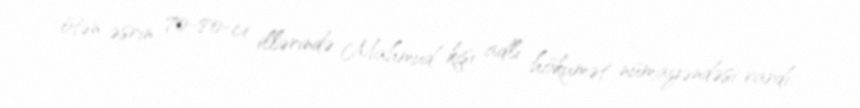
ötən əsrin 70-80-ci illərində Mahmud kişi adlı hökumət nümayəndəsi vardı.